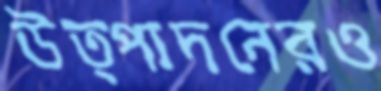
উত্পাদনেরও